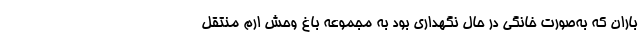
باران که به‌صورت خانگی در حال نگهداری بود به مجموعه باغ وحش ارم منتقل